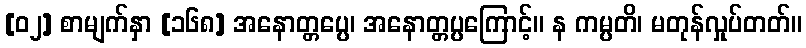
[၀၂] စာမျက်နှာ [၁၆၈] အနောတ္တပ္ပေ၊ အနောတ္တပ္ပကြောင့်။ န ကမ္ပတိ၊ မတုန်လှုပ်တတ်။